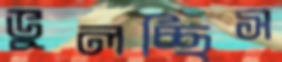
ভুলচ্ছিস